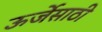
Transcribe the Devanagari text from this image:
ऊर्जेसाठी